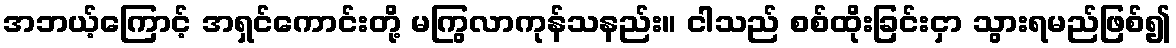
အဘယ့်ကြောင့် အရှင်ကောင်းတို့ မကြွလာကုန်သနည်း။ ငါသည် စစ်ထိုးခြင်းငှာ သွားရမည်ဖြစ်၍